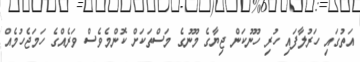
އަތުގައި ހަރުލާފައި ހުރި ހޫނުކަން ޖިޔާގެ މޫނުގެ މަސްތަކަށް ކޮންމެވެސް ވަރެއްގެ ހަމަޖެހުމެއް